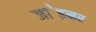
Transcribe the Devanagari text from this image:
जा॓इनर